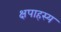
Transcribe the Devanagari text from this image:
क्षपाहस्य